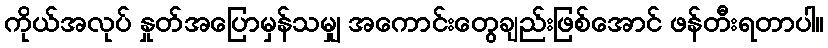
ကိုယ်အလုပ် နှုတ်အပြောမှန်သမျှ အကောင်းတွေချည်းဖြစ်အောင် ဖန်တီးရတာပါ။